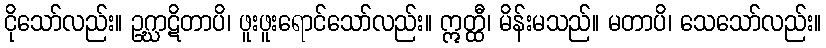
ငိုသော်လည်း။ ဥဂ္ဃာဋိတာပိ၊ ဖူးဖူးရောင်သော်လည်း။ ဣတ္ထီ၊ မိန်းမသည်။ မတာပိ၊ သေသော်လည်း။